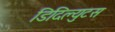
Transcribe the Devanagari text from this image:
डिदिल्युटस